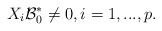
\begin{align*} X_i {\cal B}^*_0\ne 0, i=1,...,p.\end{align*}